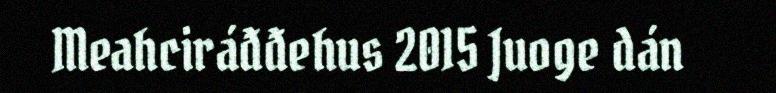
Meahciráđđehus 2015 Juoge dán